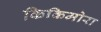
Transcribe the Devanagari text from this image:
किकिमोरा